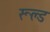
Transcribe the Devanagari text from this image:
रूल्ड